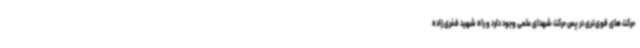
حرکت های قوی‌تری در پس حرکت شهدای علمی وجود دارد و راه شهید فخری زاده